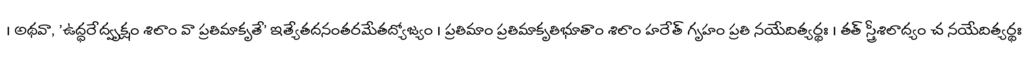
। అథవా, 'ఉద్ధరేద్వృక్షం శిలాం వా ప్రతిమాకృతే' ఇత్యేతదనంతరమేతద్యోజ్యం । ప్రతిమాం ప్రతిమాకృతిభూతాం శిలాం హరేత్ గృహం ప్రతి నయేదిత్యర్థః । తత్ స్త్రీశిలాద్యం చ నయేదిత్యర్థః